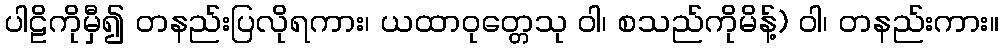
ပါဠိကိုမှီ၍ တနည်းပြလိုရကား၊ ယထာဝုတ္တေသု ဝါ၊ စသည်ကိုမိန့်) ဝါ၊ တနည်းကား။